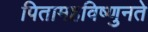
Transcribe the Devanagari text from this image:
पितामहविष्णुनते